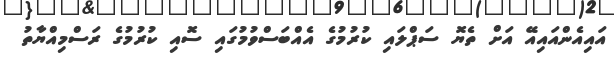
އައިއެންއައިއޭ އަށް ތެޔޮ ސަޕްލައި ކުރުމުގެ އެއްބަސްވުމުގައި ސޮއި ކުރުމުގެ ރަސްމިއްޔާތު